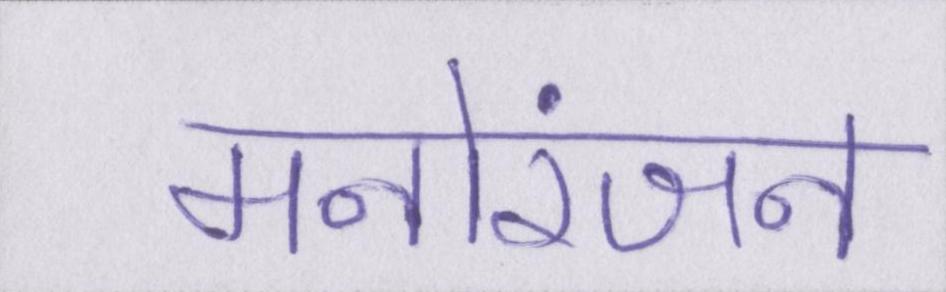
मनोरंजन